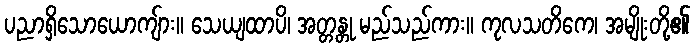
ပညာရှိသောယောကျ်ား။ သေယျထာပိ၊ အတ္တန္တု မည်သည်ကား။ ကုလသတိကေ၊ အမျိုးတို့၏